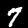
Label: 7